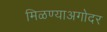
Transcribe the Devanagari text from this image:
मिळण्याअगोदर